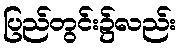
ပြည်တွင်း၌လည်း